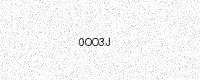
Text: 0OO3J